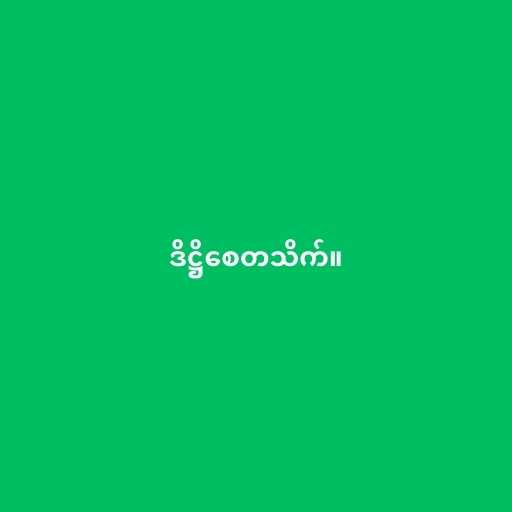
ဒိဋ္ဌိစေတသိက်။